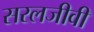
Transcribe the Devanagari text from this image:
सरलजीवी